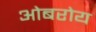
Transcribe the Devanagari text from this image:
ओबरोय